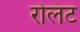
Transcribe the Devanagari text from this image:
रोलंट